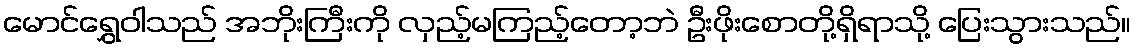
မောင်ရွှေဝါသည် အဘိုးကြီးကို လှည့်မကြည့်တော့ဘဲ ဦးဖိုးစောတို့ရှိရာသို့ ပြေးသွားသည်။